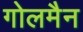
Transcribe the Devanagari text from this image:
गोलमैन